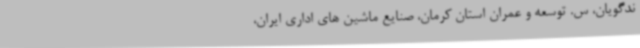
ندگویان، س. توسعه و عمران استان کرمان، صنایع ماشین های اداری ایران،